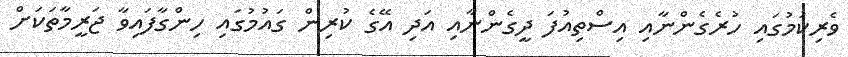
ވެރިކަމުގައި ހުރެގެންނާއި އިސްތިއުފަ ދީގެންނާއި އަދި އޭގެ ކުރިން ގައުމުގައި ހިންގާފައިވާ ޖަރީމާތަކަށް